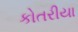
કોતરીયા